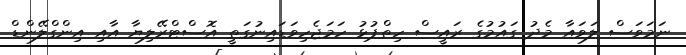
ނަމަވަސް ލަވައާ މެދު ގައުމުގެ ރައީސް ހިތްޕުޅު ހަމަޖެހިވަޑައިނުގަތީ އޮސްޓްރޭލިޔާ އާއި އިންގްލޭންޑް